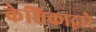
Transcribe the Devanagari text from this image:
केशिकाद्वारे